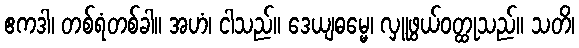
ဧကဒါ၊ တစ်ရံတစ်ခါ။ အဟံ၊ ငါသည်။ ဒေယျဓမ္မေ၊ လှူဖွယ်ဝတ္ထုသည်။ သတိ၊